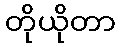
တိုယိုတာ